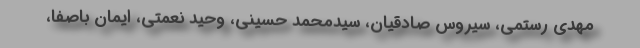
مهدی رستمی، سیروس صادقیان، سیدمحمد حسینی، وحید نعمتی، ایمان باصفا،